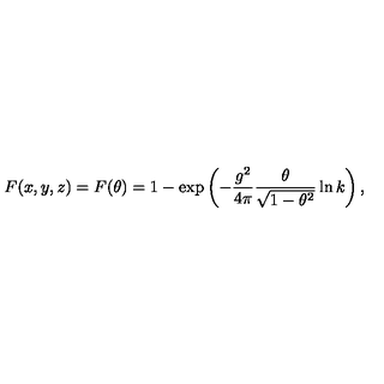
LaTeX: F ( x , y , z ) = F ( \theta ) = 1 - \exp \left( - \frac { g ^ { 2 } } { 4 \pi } \frac { \theta } { \sqrt { 1 - \theta ^ { 2 } } } \ln k \right) ,